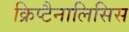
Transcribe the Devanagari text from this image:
क्रिप्टैनालिसिस